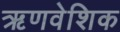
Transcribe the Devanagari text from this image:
ऋणवेशिक